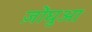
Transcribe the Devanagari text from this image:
ज़ोंघुआ